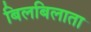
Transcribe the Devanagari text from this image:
बिलबिलाता